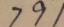
7 9 1